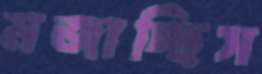
মজাচ্ছিস